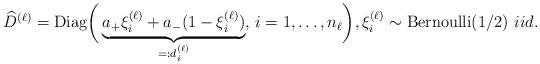
LaTeX: \begin{align*}\widehat{D}^{(\ell)}=\mathrm{Diag}\bigg(\underbrace{a_+\xi_i^{(\ell)} + a_-(1-\xi_{i}^{(\ell)})}_{=:d_{i}^{(\ell)}},\, i=1,\ldots, n_\ell\bigg),\xi_i^{(\ell)} \sim \mathrm{Bernoulli}(1/2)\,\, iid.\end{align*}